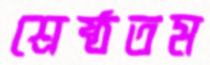
শ্রেষ্ঠতম